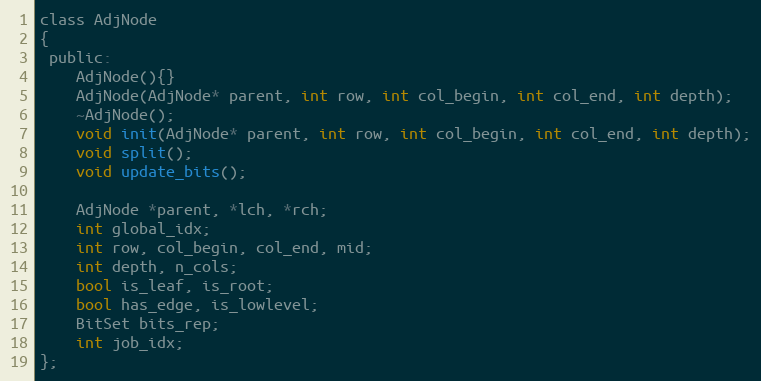
Language: C
class AdjNode
{
 public:
    AdjNode(){}
    AdjNode(AdjNode* parent, int row, int col_begin, int col_end, int depth);
    ~AdjNode();
    void init(AdjNode* parent, int row, int col_begin, int col_end, int depth);
    void split();
    void update_bits();

    AdjNode *parent, *lch, *rch;
    int global_idx;
    int row, col_begin, col_end, mid;
    int depth, n_cols;
    bool is_leaf, is_root;
    bool has_edge, is_lowlevel;
    BitSet bits_rep;
    int job_idx;
};